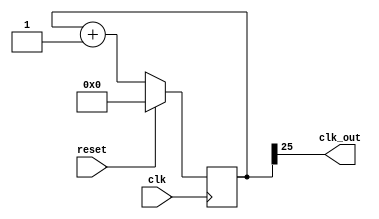
module clkdiv(
    input clk,
    input reset,
    output clk_out
    );
    
    reg [25:0] COUNT = 2'b00000000000000000000000000;
    
    assign clk_out = COUNT[25];
    
    always @(posedge clk) begin
        if (reset)
            COUNT = 0;
        else
            COUNT = COUNT+1;
        end
    
endmodule